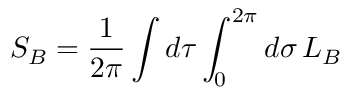
S _ { B } = \frac { 1 } { 2 \pi } \int d \tau \int _ { 0 } ^ { 2 \pi } d \sigma \, { \cal L } _ { B }